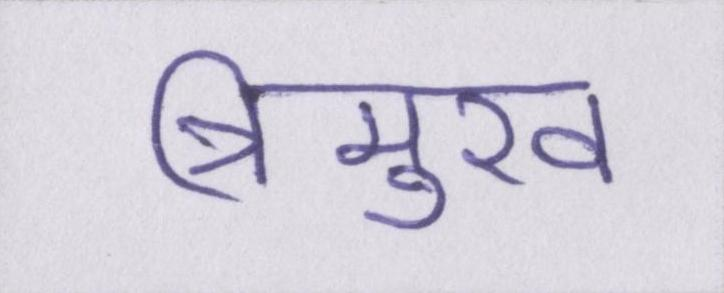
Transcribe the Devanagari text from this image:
त्रिमुख